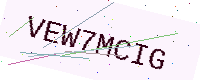
Text: VEW7MCIG